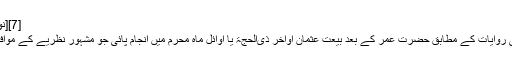
[7][نوٹ 2]
تاریخی روایات کے مطابق حضرت عمر کے بعد بیعت عثمان اواخر ذی‌الحجۃ یا اوائل ماہ محرم میں انجام پائی جو مشہور نظریے کے موافق ہے۔